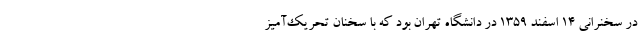
در سخنرانی ۱۴ اسفند ۱۳۵۹ در دانشگاه تهران بود که با سخنان تحریک‌آمیز